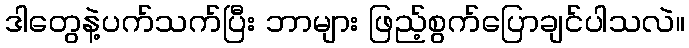
ဒါတွေနဲ့ပက်သက်ပြီး ဘာများ ဖြည့်စွက်ပြောချင်ပါသလဲ။